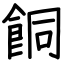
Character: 餇